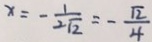
x = - \frac { 1 } { 2 \sqrt { 2 } } = - \frac { \sqrt { 2 } } { 4 }